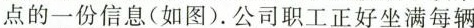
点的一份信息(如图)。公司职工正好坐满每辆